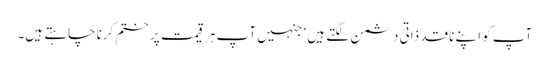
آپ کو اپنے ناقد ذاتی دشمن لگتے ہیں‘ جنہیں آپ ہر قیمت پر ختم کرنا چاہتے ہیں۔